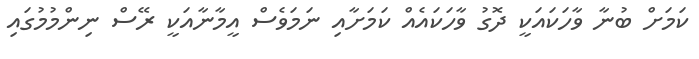
ކަމަށް ބުނާ ވާހަކައަކީ ދޮގު ވާހަކައެއް ކަމަށާއި ނަމަވެސް އީމާނާއަކީ ރޭސް ނިންމުމުގައި